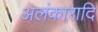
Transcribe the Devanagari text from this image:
अलंकारादि